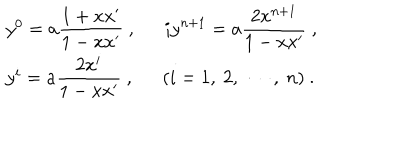
\begin{array} { l } { { y ^ { 0 } = \displaystyle a \frac { 1 + x x ^ { \prime } } { 1 - x x ^ { \prime } } ~ , i y ^ { n + 1 } = a \frac { 2 x ^ { n + 1 } } { 1 - x x ^ { \prime } } ~ , } } \\ { { y ^ { i } = a \displaystyle \frac { 2 x ^ { i } } { 1 - x x ^ { \prime } } ~ , ( i = 1 , ~ 2 , ~ \cdots , ~ n ) ~ . } } \\ \end{array}